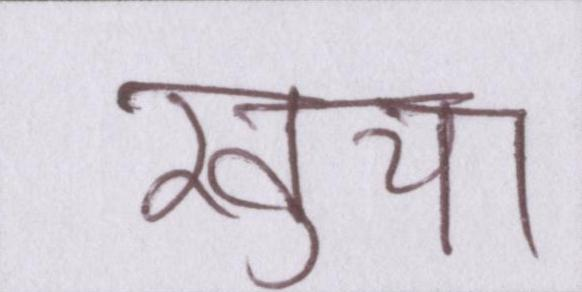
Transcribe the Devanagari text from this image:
खुचा